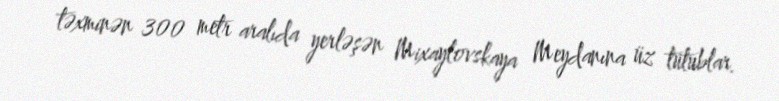
təxminən 300 metr aralıda yerləşən Mixaylovskaya Meydanına üz tutublar.